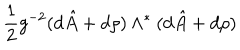
LaTeX: \frac { 1 } { 2 } g ^ { - 2 } ( d \hat { A } + d \rho { } ) \wedge ^ { * } ( d \hat { A } + d \rho { } )